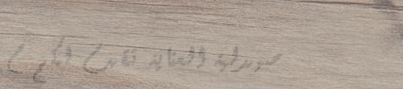
صيدلية العناية تقدم لكم م